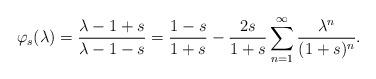
LaTeX: \begin{align*} \varphi_s(\lambda) =\frac{\lambda - 1 + s}{\lambda - 1 -s} = \frac{1-s}{1+s} - \frac{2s}{1+s} \sum_{n=1}^{\infty} \frac{\lambda^n}{(1+s)^n}.\end{align*}